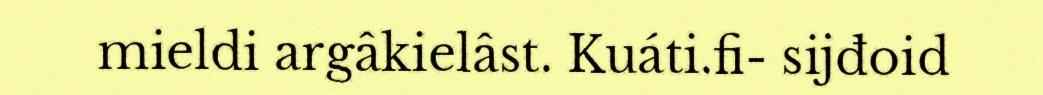
mieldi argâkielâst. Kuáti.fi- sijđoid